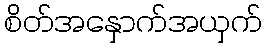
စိတ်အနှောက်အယှက်